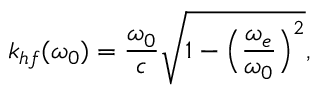
k _ { h f } ( \omega _ { 0 } ) = \frac { \omega _ { 0 } } { c } \sqrt { 1 - \Big ( \frac { \omega _ { e } } { \omega _ { 0 } } \Big ) ^ { 2 } } ,